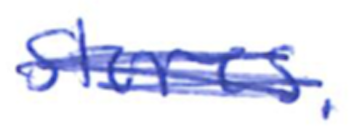
Text: stores.
Cross-out: scratch
Writing tool: ballpoint